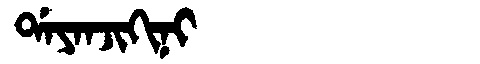
Manchu: ᡩᠠᠶᠠᠨᠵᡳᡴᡳᠨᡳ
Romanization: DAYANJIKINI